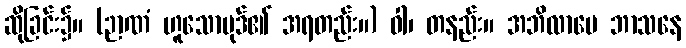
ဆိုခြင်း၌။ (ဉာဏံ ဟူသောပုဒ်၏ အရတည်း။) ဝါ၊ တနည်း။ အဘိလာပေ ဘာသနေ